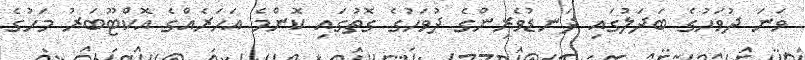
ވަނަ ދުވަހުގެ ބަދަލުގައި ދަނޑުވެރިންގެ ދުވަހުގެ ގޮތުގައި ކޮންމެ އަހަރެއްގެ އޮކްޓޫބަރު މަހުގެ